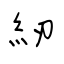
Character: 紉